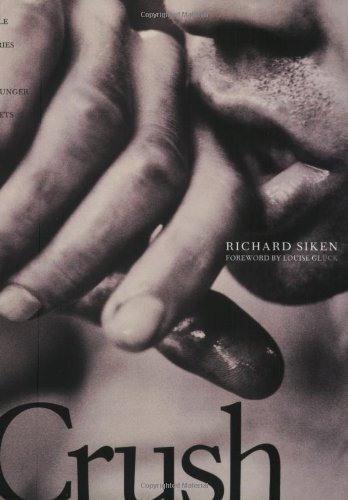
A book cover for Crush (Yale Series of Younger Poets); Richard Siken; Literature & Fiction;